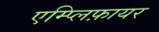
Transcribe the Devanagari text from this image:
एम्प्लिफ़ायर